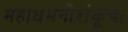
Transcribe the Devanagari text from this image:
महाधमनीशंकूचा